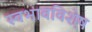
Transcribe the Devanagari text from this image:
स्वभावविशे़ष